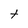
Character: t